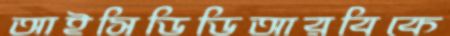
আইসিডিডিআরবিকে